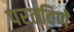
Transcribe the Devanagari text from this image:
परतविणे